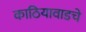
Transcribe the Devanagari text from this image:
काठियावाडचे